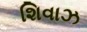
શિવાઝ